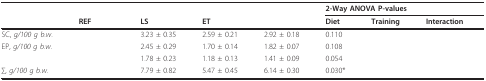
<table><thead><tr><td>[EMPTY_CELL]</td><td>[EMPTY_CELL]</td><td>[EMPTY_CELL]</td><td>[EMPTY_CELL]</td><td>[EMPTY_CELL]</td><td colspan="3"><b>2-Way ANOVA P-values</b></td></tr><tr><td>[EMPTY_CELL]</td><td><b>REF</b></td><td><b>LS</b></td><td><b>ET</b></td><td>[EMPTY_CELL]</td><td><b>Diet</b></td><td><b>Training</b></td><td><b>Interaction</b></td></tr></thead><tbody><tr><td>SC, <i>g/100 g b.w</i>.</td><td>[EMPTY_CELL]</td><td>3.23 ± 0.35</td><td>2.59 ± 0.21</td><td>2.92 ± 0.18</td><td>0.110</td><td>[EMPTY_CELL]</td><td>[EMPTY_CELL]</td></tr><tr><td>EP, <i>g/100 g b.w</i>.</td><td>[EMPTY_CELL]</td><td>2.45 ± 0.29</td><td>1.70 ± 0.14</td><td>1.82 ± 0.07</td><td>0.108</td><td>[EMPTY_CELL]</td><td>[EMPTY_CELL]</td></tr><tr><td>[EMPTY_CELL]</td><td>[EMPTY_CELL]</td><td>1.78 ± 0.23</td><td>1.18 ± 0.13</td><td>1.41 ± 0.09</td><td>0.054</td><td>[EMPTY_CELL]</td><td>[EMPTY_CELL]</td></tr><tr><td>∑, <i>g/100 g b.w</i>.</td><td>[EMPTY_CELL]</td><td>7.79 ± 0.82</td><td>5.47 ± 0.45</td><td>6.14 ± 0.30</td><td>0.030*</td><td>[EMPTY_CELL]</td><td>[EMPTY_CELL]</td></tr></tbody></table>